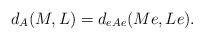
LaTeX: \begin{align*} d_{A}(M,L)=d_{eAe}(Me,Le).\end{align*}